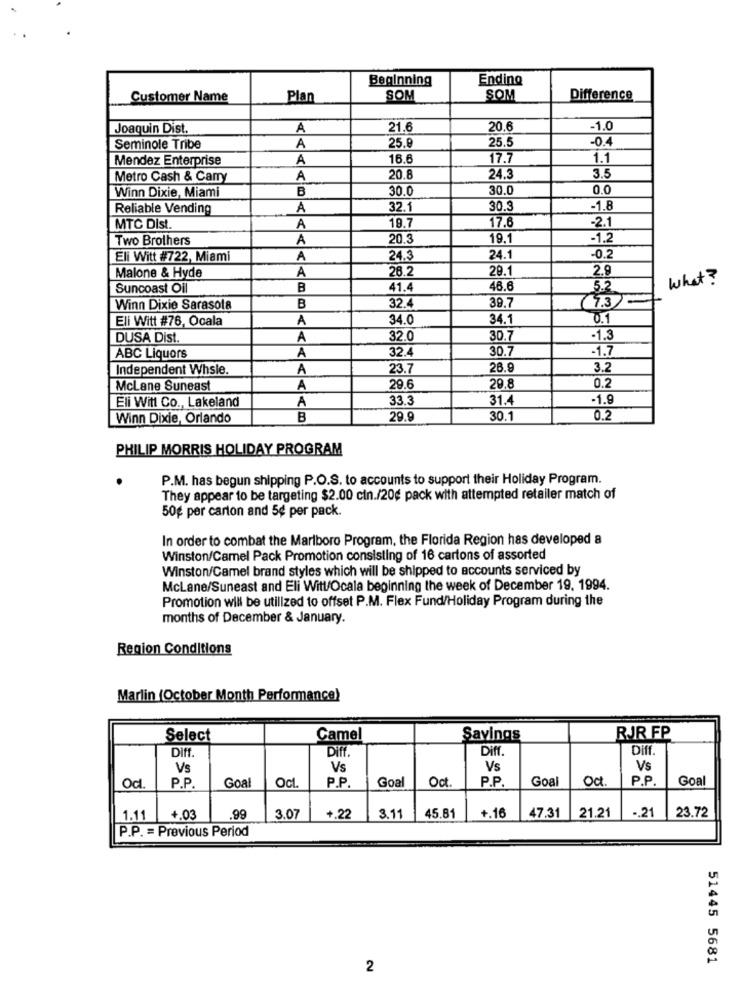
Beginning
Ending
Customer Name
Plan
SOM
SOM
Difference
Joaquin Dist.
A
21.6
20.6
-1.0
25.9
25.
-0.
Seminole Tribe
A
Mendez Enterprise
A
16.6
17.7
1.1
Metro Cash & Carry
A
20.8
24.3
3.5
Winn Dixie, Miami
B
30.0
30.0
0.0
Reliable Vending
A
32.1
30.5
-1.8
17.6
MTC Dist.
A
19.7
-2.1
Two Brothers
A
20.3
19.1
-1.2
Eli Witt #722, Miami
A
24.3
24.1
-0.2
Malone & Hyde
26.2
29.1
2.9
A
what ?
Suncoast Oil
B
41.4
46.6
5.2
32.
39.7
(7.3)
Winn Dixie Sarasota
B
Eli Witt #76, Ocala
A
34.0
34.1
0.1
DUSA Dist.
A
32.0
30.7
1.3
32.
30.7
1.7
ABC Liquors
A
Independent Whsie.
A
23.7
26.9
3.2
0.2
McLane Suneast
A
29.6
29.8
Eli Witt Co ., Lakeland
33.3
31.4
-1.9
A
Winn Dixie, Orlando
B
29.9
30.1
0.2
PHILIP MORRIS HOLIDAY PROGRAM
P.M. has begun shipping P.O.S. to accounts to support their Holiday Program.
They appear to be targeting $2.00 cin./20¢ pack with attempted retailer match of
50€ per carton and 5¢ per pack.
In order to combat the Marlboro Program, the Florida Region has developed a
Winston/Camel Pack Promotion consisting of 16 cartons of assorted
Winston/Camel brand styles which will be shipped to accounts serviced by
McLane/Suneast and Eli Witt/Ocala beginning the week of December 19. 1994.
Promotion will be utilized to offset P.M. Flex Fund/Holiday Program during the
months of December & January.
Region Conditions
Marlin (October Month Performance)
Select
Came
Savings
RJR FP
Diff.
Diff.
Diff.
Diff.
Vs
Vs
Vs
Vs
P.P.
P.P.
Goal
Oct
P.P.
Goal
Oct.
P.P.
Goal
Od.
Goal
Oct
.. 21
23.72
1.11
4.03
.99
3.07
+.22
3.11
45.81
+.16
47.31
21.21
P.P. = Previous Period
51445 5681
2